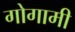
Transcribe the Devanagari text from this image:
गोगामी